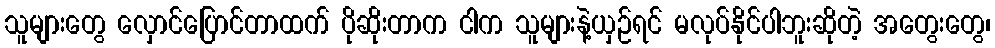
သူများတွေ လှောင်ပြောင်တာထက် ပိုဆိုးတာက ငါက သူများနဲ့ယှဉ်ရင် မလုပ်နိုင်ပါဘူးဆိုတဲ့ အတွေးတွေ၊